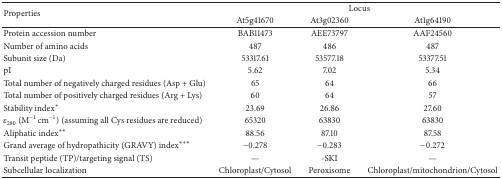
| <ROWSPAN=2> Properties | <COLSPAN=3> Locus |
 | At5g41670 | At3g02360 | At1g64190 |
 | --- | --- | --- | --- |
 | Protein accession number | BAB11473 | AEE73797 | AAF24560 |
 | Number of amino acids | 487 | 486 | 487 |
 | Subunit size (Da) | 53317.61 | 53577.18 | 53377.51 |
 | pI | 5.62 | 7.02 | 5.34 |
 | Total number of negatively charged residues (Asp + Glu) | 65 | 64 | 66 |
 | Total number of positively charged residues (Arg + Lys) | 60 | 64 | 57 |
 | Stability index∗ | 23.69 | 26.86 | 27.60 |
 | ε280 (M−1 cm−1) (assuming all Cys residues are reduced) | 65320 | 63830 | 63830 |
 | Aliphatic index∗∗ | 88.56 | 87.10 | 87.58 |
 | Grand average of hydropathicity (GRAVY) index∗∗∗ | −0.278 | −0.283 | −0.272 |
 | Transit peptide (TP)/targeting signal (TS) | — | -SKI | — |
 | Subcellular localization | Chloroplast/Cytosol | Peroxisome | Chloroplast/mitochondrion/Cytosol |